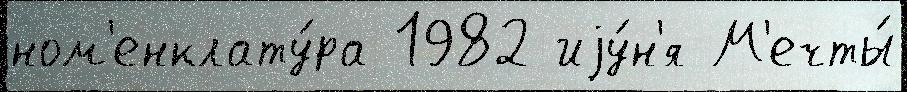
ном'енклату́ра 1982 иjу́н'я М'ечты́